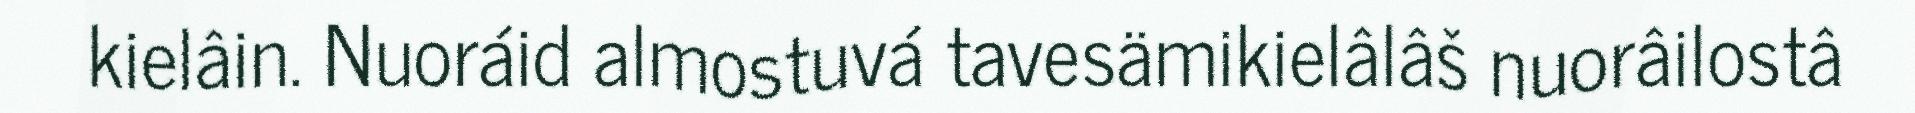
kielâin. Nuoráid almostuvá tavesämikielâlâš nuorâilostâ